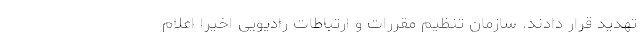
تهدید قرار دادند. سازمان تنظیم مقررات و ارتباطات رادیویی اخیرا اعلام